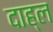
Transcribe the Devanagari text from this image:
दाह्ल